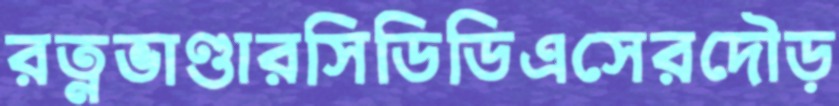
রত্নভাণ্ডারসিডিডিএসেরদৌড়